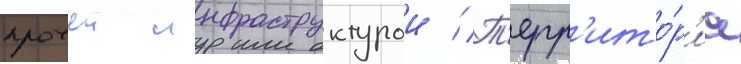
прочеи инфраструктурои // Т'ерр'ито́р'иа